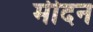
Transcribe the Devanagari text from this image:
मीदन